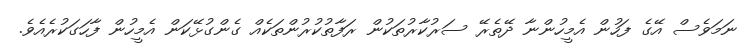
ނަމަވެސް އޭގެ ފަހުން އެމީހުންނާ ދޭތެރޭ ސަރުކާރުތަކުން ރަފާތުކުރުންތަކެއް ގެންގުޅޭކަން އެމީހުން ފާހަގަކުރެއެވެ.